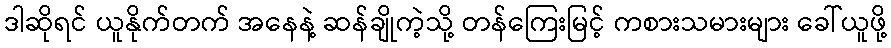
ဒါဆိုရင် ယူနိုက်တက် အနေနဲ့ ဆန်ချိုကဲ့သို့ တန်ကြေးမြင့် ကစားသမားများ ခေါ်ယူဖို့